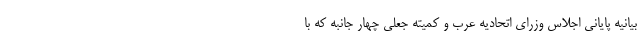
بیانیه پایانی اجلاس وزرای اتحادیه عرب و کمیته جعلی چهار جانبه که با